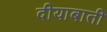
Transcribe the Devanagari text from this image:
दीयाबाती